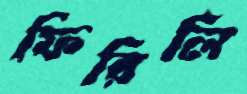
ফিরিলি